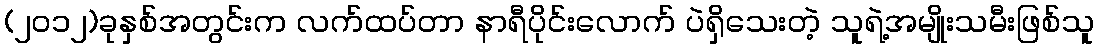
(၂၀၁၂)ခုနှစ်အတွင်းက လက်ထပ်တာ နာရီပိုင်းလောက် ပဲရှိသေးတဲ့ သူရဲ့အမျိုးသမီးဖြစ်သူ